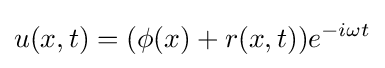
u(x,t)=(\phi (x)+r(x,t))e^{-i\omega t}